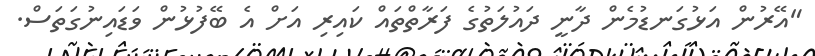
"އޭރުން އަޅުގަނޑުމެން ދާނީ ދައުލަތުގެ ފަރާތްތައް ކައިރި އަށް އެ ބޭފުޅުން ވަޑައިނުގަތަސް.